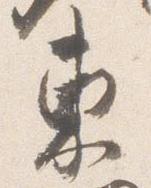
東